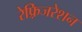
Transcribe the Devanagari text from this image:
रेफ़्रिजरेशन